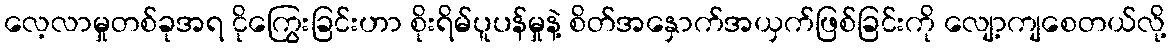
လေ့လာမှုတစ်ခုအရ ငိုကြွေးခြင်းဟာ စိုးရိမ်ပူပန်မှုနဲ့ စိတ်အနှောက်အယှက်ဖြစ်ခြင်းကို လျော့ကျစေတယ်လို့